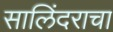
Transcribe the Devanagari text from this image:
सालिंदराचा